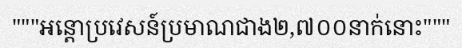
"""អន្តោប្រវេសន៍ប្រមាណជាង២,៧០០នាក់នោះ"""